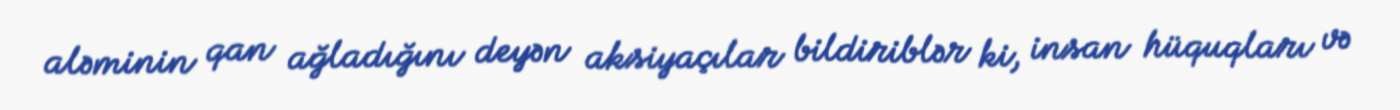
aləminin qan ağladığını deyən aksiyaçılar bildiriblər ki, insan hüquqları və